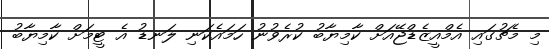
މި މެޗުގައި އެމްއީޒެޑްޖޭއަށް ކާމިޔާބު ކުރެވުނު ހަމައެކަނި ލަނޑު އެ ޓީމަށް ކާމިޔާބު